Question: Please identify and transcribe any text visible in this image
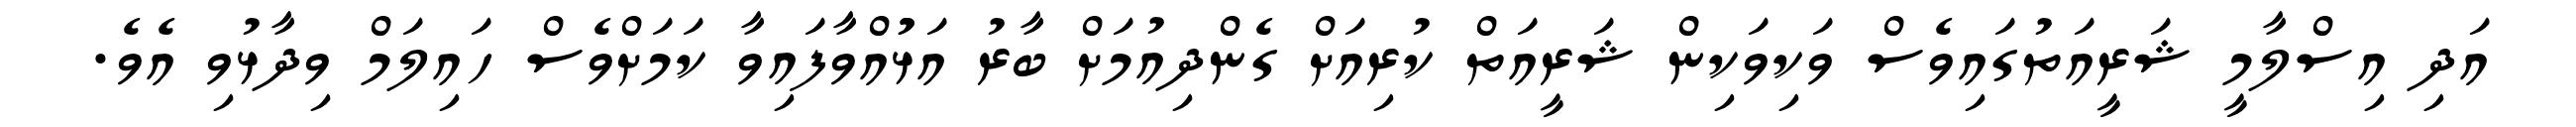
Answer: އަދި އިސްލާމީ ޝަރީއަތުގައިވެސް ވަކިވަކިން ޝަރީއަތް ކުރިއަށް ގެންދިއުމަށް ބާރު އަޅުުއްވާފައިވާ ކަމަށްވެސް ހައިލަމް ވިދާޅުވި އެވެ.